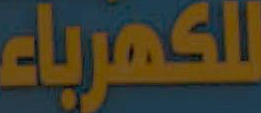
للكهرباء